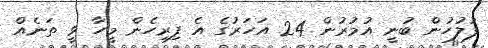
ފުލުހުން ބުނީ އުމުރުން 24 އަހަރުގެ އެ ފިރިހެން މީހާ ވީ ތަނެއް